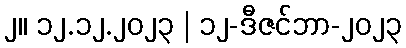
၂။ ၁၂.၁၂.၂၀၂၃ | ၁၂-ဒီဇင်ဘာ-၂၀၂၃